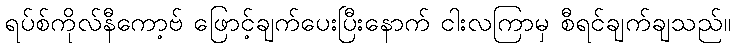
ရပ်စ်ကိုလ်နီကော့ဗ် ဖြောင့်ချက်ပေးပြီးနောက် ငါးလကြာမှ စီရင်ချက်ချသည်။